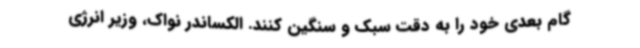
گام بعدی خود را به دقت سبک و سنگین کنند. الکساندر نواک، وزیر انرژی